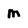
Character: M